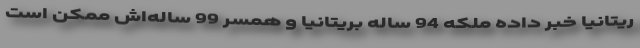
ریتانیا خبر داده ملکه 94 ساله بریتانیا و همسر 99 ساله‌اش ممکن است